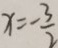
x = - \frac { 3 } { 2 }